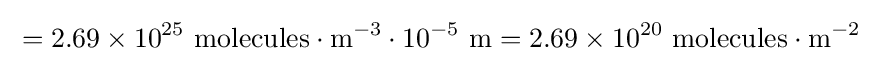
{}=2.69\times 10^{25}~{\text{molecules}}\cdot {\text{m}}^{-3}\cdot 10^{-5}~{\text{m}}=2.69\times 10^{20}~{\text{molecules}}\cdot {\text{m}}^{-2}